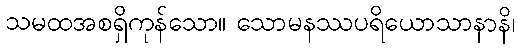
သမထအစရှိကုန်သော။ သောမနဿပရိယောသာနာနိ၊